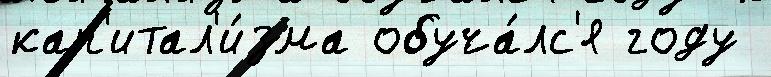
кап'итал'и́зма обуча́лс'я году